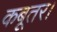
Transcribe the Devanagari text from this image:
कबूतर।